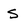
Character: S